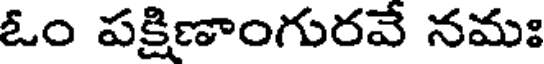
ఓం పక్షిణాంగురవే నమః